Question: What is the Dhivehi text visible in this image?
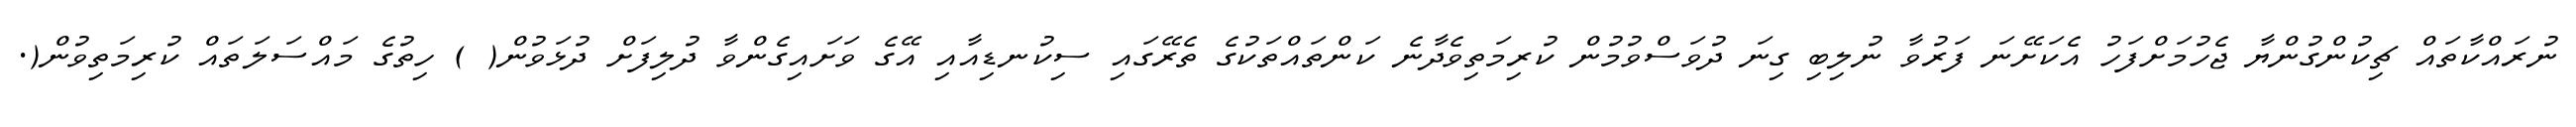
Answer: ނުރައްކާތައް ޗިކުންގުންޔާ ޖެހުމަށްފަހު އެކަށޭނަ ފަރުވާ ނުލިބި ގިނަ ދުވަސްވުމުން ކުރިމަތިވެދާނެ ކަންތައްތަކުގެ ތެރޭގައި ސިކުނޑިއާއި އޭގެ ވަށައިގެންވާ ދުލިފަށް ދުޅަވުން( ) ހިތުގެ މައްސަލަތައް ކުރިމަތިވުން(.